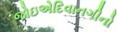
જોઇએદિવાનગીનો